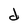
Character: d